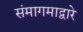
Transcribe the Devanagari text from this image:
संमागमाद्वारे